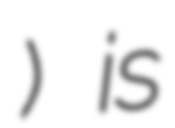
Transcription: Карманица) is